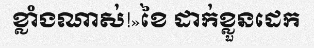
ខ្លាំងណាស់!»ខៃ ដាក់ខ្លួនដេក